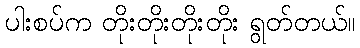
ပါးစပ်က တိုးတိုးတိုးတိုး ရွတ်တယ်။